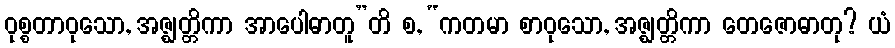
ဝုစ္စတာဝုသော, အဇ္ဈတ္တိကာ အာပေါဓာတူ”တိ စ, “ကတမာ စာဝုသော, အဇ္ဈတ္တိကာ တေဇောဓာတု? ယံ